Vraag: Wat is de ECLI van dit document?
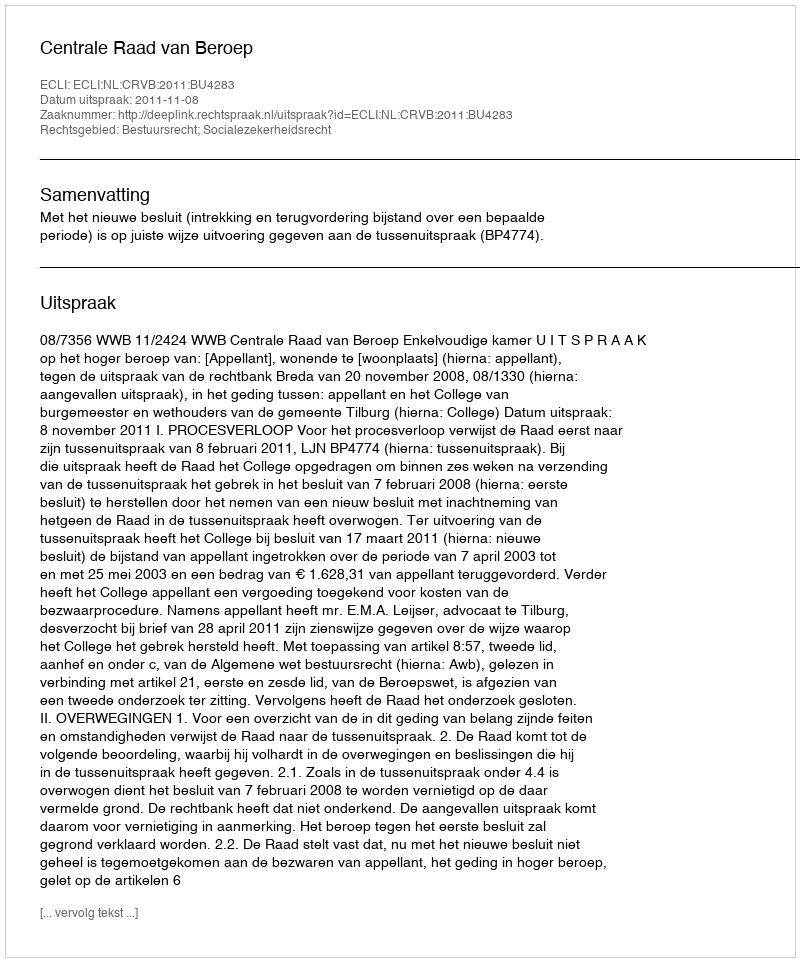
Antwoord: ECLI:NL:CRVB:2011:BU4283